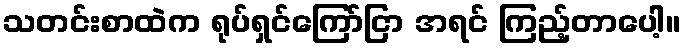
သတင်းစာထဲက ရုပ်ရှင်ကြော်ငြာ အရင် ကြည့်တာပေါ့။